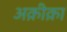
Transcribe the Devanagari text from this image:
अक़ीक़ा